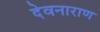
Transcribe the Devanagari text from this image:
देवनाराण